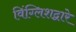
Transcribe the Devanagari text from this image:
विंग्लिशद्वारे